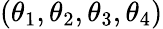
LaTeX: \left(\theta_{1},\theta_{2},\theta_{3},\theta_{4}\right)